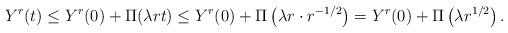
LaTeX: \begin{align*}Y^r(t) \leq Y^r(0) + \Pi(\lambda r t) \leq Y^r(0) + \Pi\left(\lambda r \cdot r^{-1/2}\right) = Y^r(0) + \Pi\left(\lambda r^{1/2}\right). \end{align*}